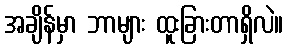
အချိန်မှာ ဘာများ ထူးခြားတာရှိလဲ။